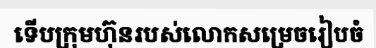
ទើបក្រុមហ៊ុនរបស់លោកសម្រេចរៀបចំ